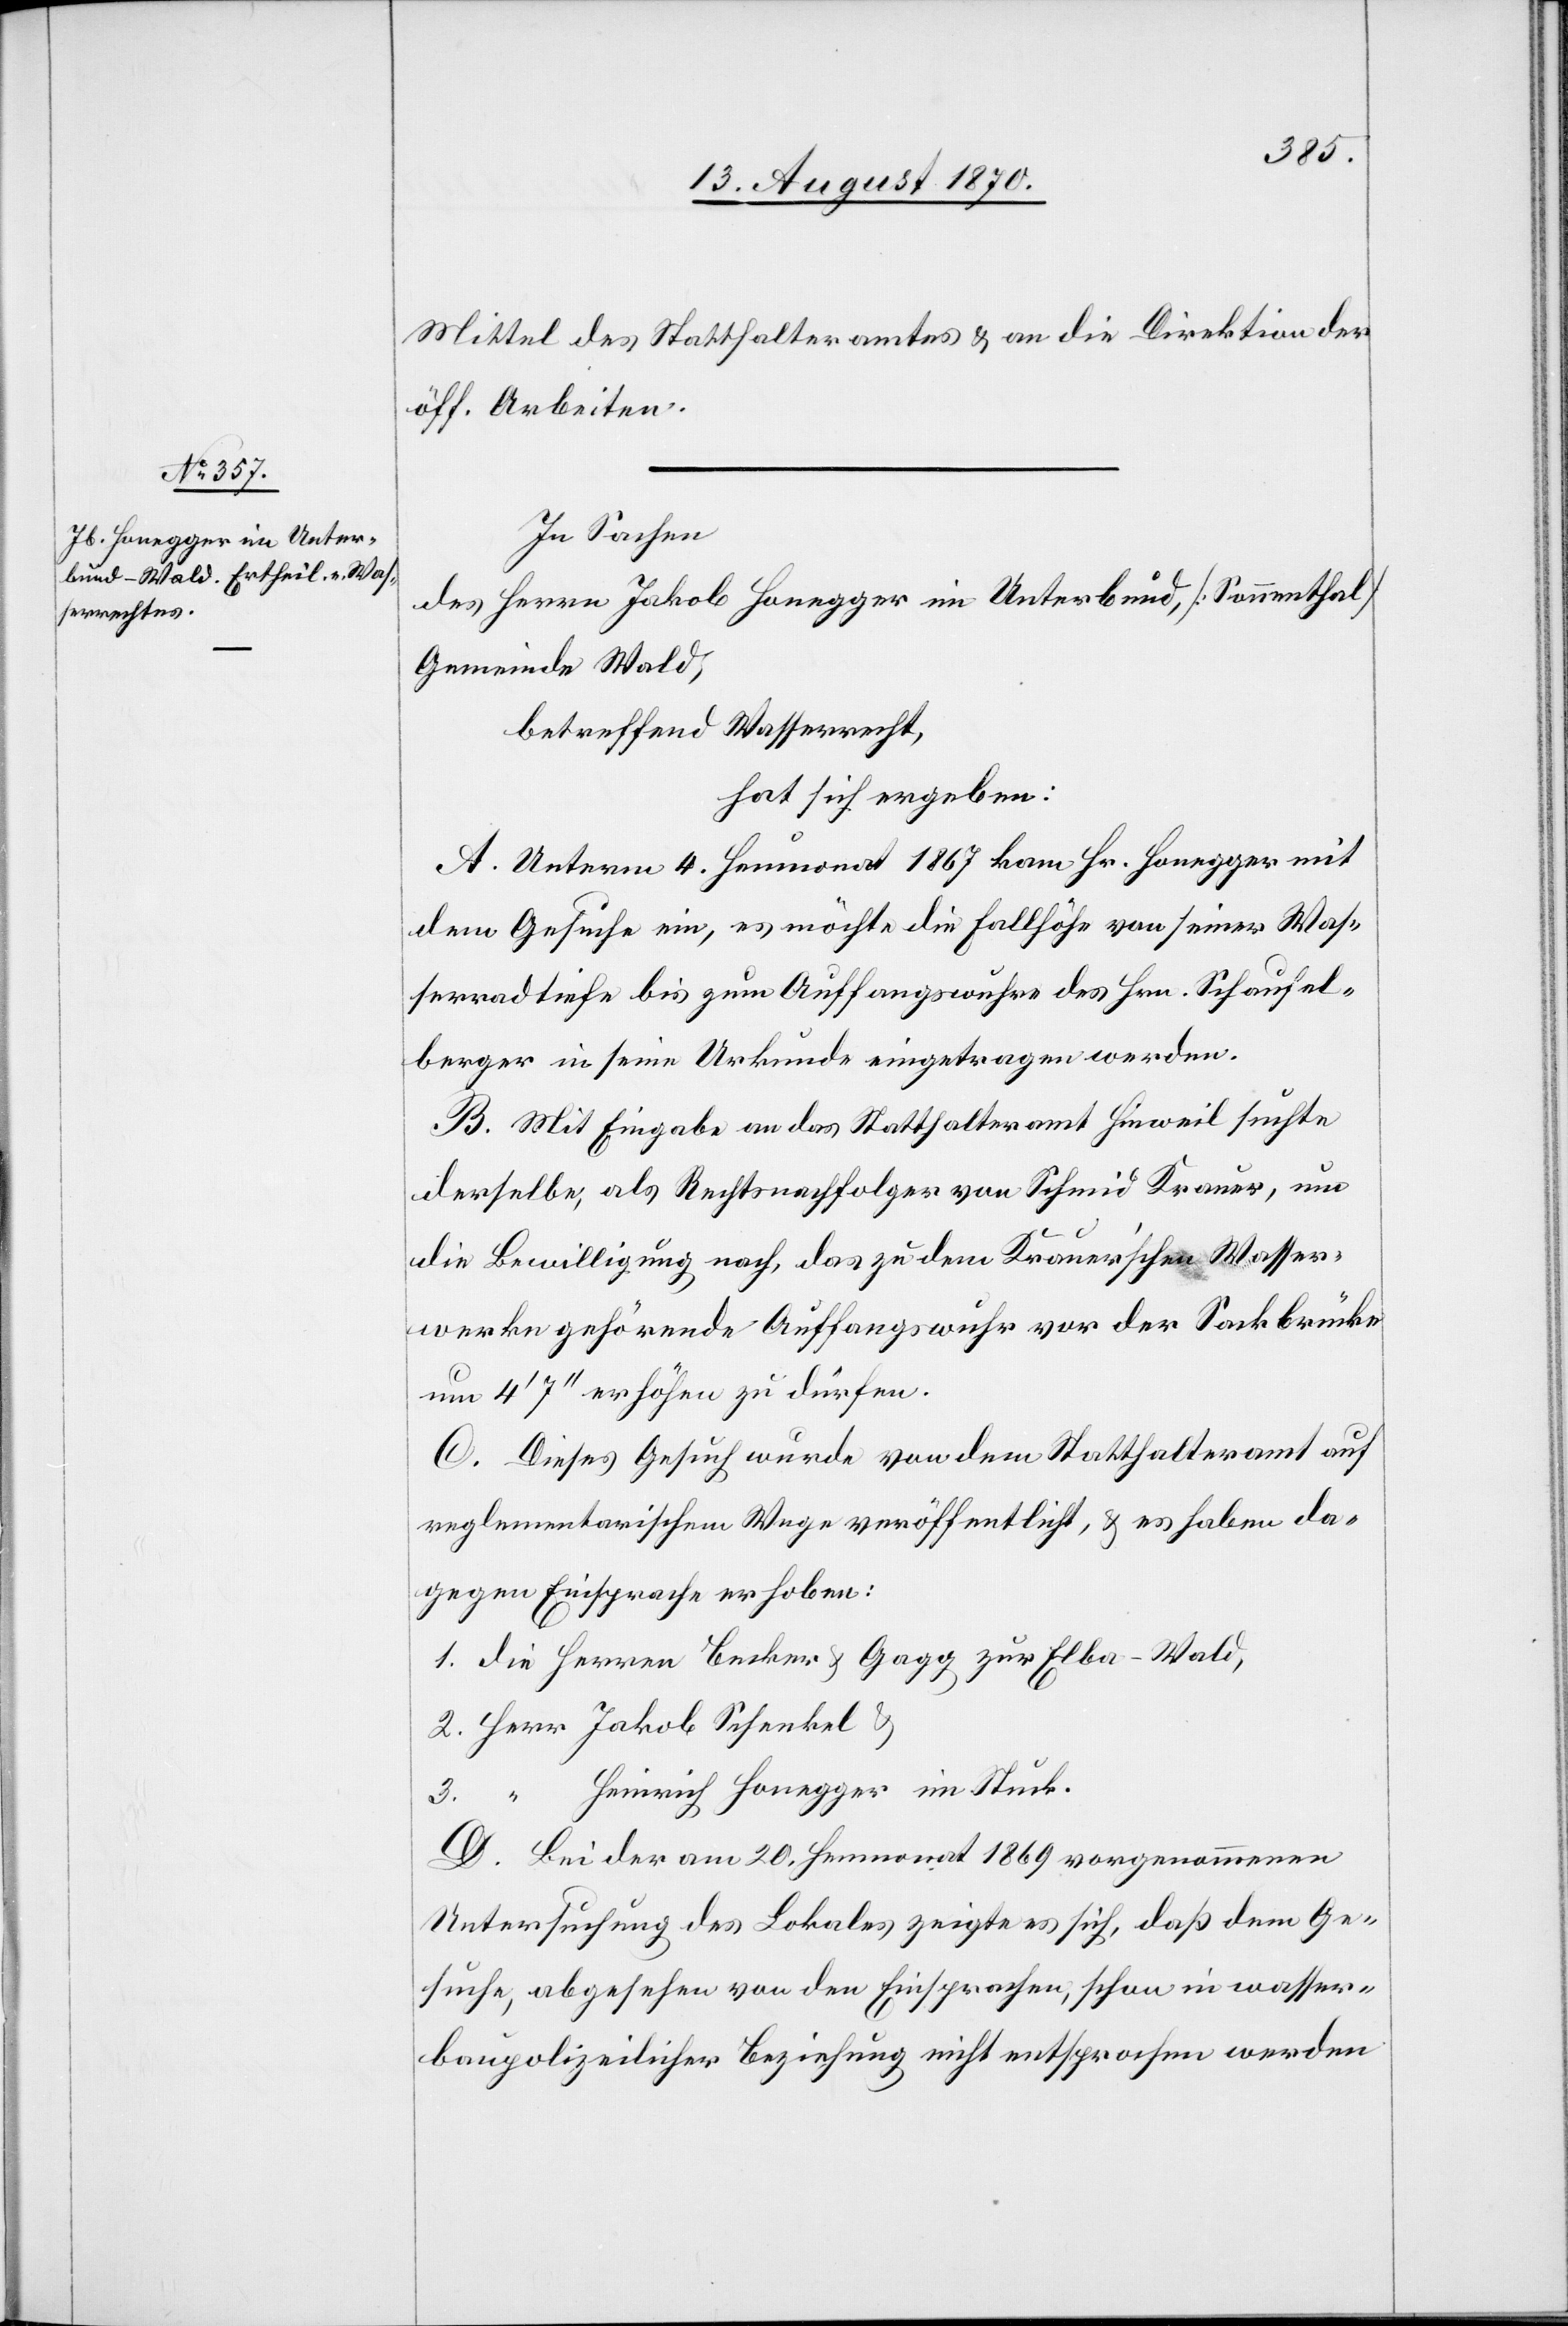
Mittel des Statthalteramtes & an die Direktion der
öff. Arbeiten.
In Sachen
des Herrn Jakob Honegger im Unterbund, [Sonnenthal]
Gemeinde Wald,
betreffend Wasserrecht,
hat sich ergeben:
A. Unterm 4. Heumonat 1867 kam Hr. Honegger mit
dem Gesuche ein, es möchte die Fallhöhe von seiner Was¬
serradtiefe bis zum Auffangswuhre des Hrn. Schaufel¬
berger in seine Urkunde eingetragen werden.
B. Mit Eingabe an das Statthalteramt Hinweil suchte
derselbe, als Rechtsnachfolger von Schmid Krauer, um
die Bewilligung nach, das zu dem Krauer’schen Wasser¬
werke gehörende Auffangswuhr vor der Sackbrücke
um 4’ 7’’ erhöhen zu dürfen.
C. Dieses Gesuch wurde von dem Statthalteramt auf
reglementarischem Wege veröffentlich, & es haben da¬
gegen Einsprache erhoben:
1. die Herren Becker & Gagg zur Elba - Wald,
2. Herr Jakob Schenkel &
3. “ Heinrich Honegger im Stuck.
D. Bei der am 20. Heumonat 1869 vorgenommenen
Untersuchung des Lokales zeigte es sich, daß dem Ge¬
suche, abgesehen von den Einsprachen, schon in wasser¬
baupolizeilicher Beziehung nicht entsprochen werden